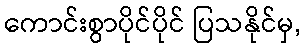
ကောင်းစွာပိုင်ပိုင် ပြသနိုင်မှ,